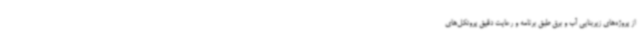
از پروژه‌های زیربنایی آب و برق طبق برنامه و رعایت دقیق پروتکل‌های